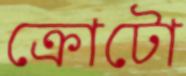
ক্রোটো